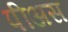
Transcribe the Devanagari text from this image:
पीअस